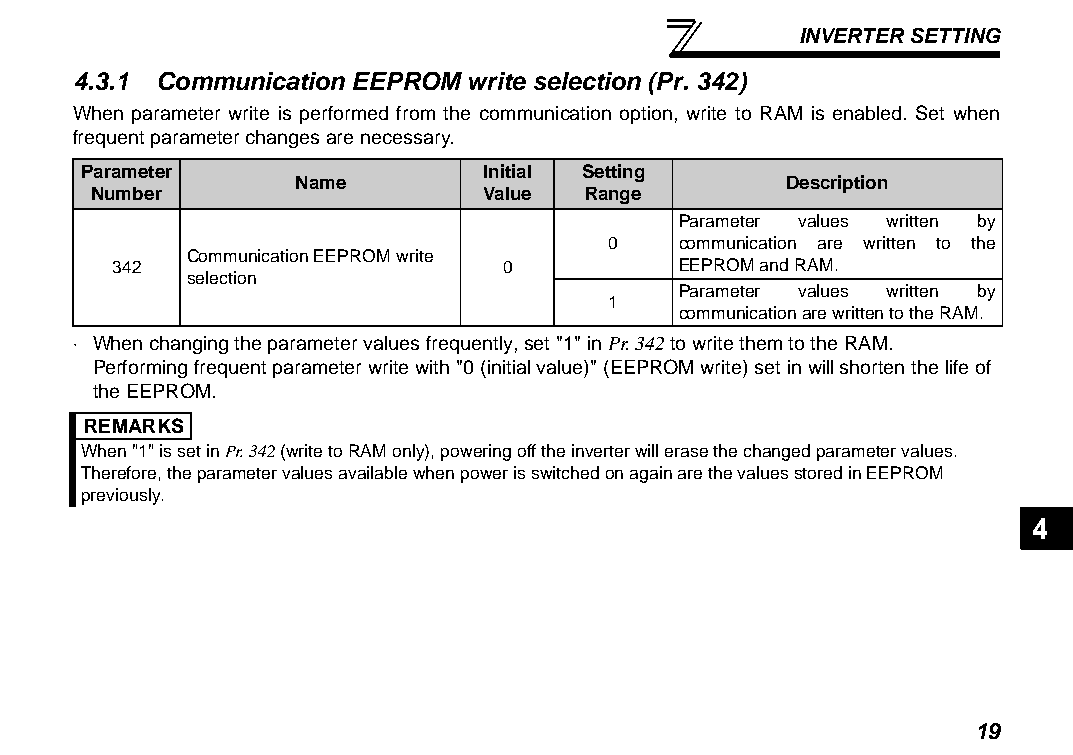
INVERTER SETTING
 4.3.1 Communication EEPROM write selection (Pr. 342)
 When parameter write is performed from the communication option, write to RAM is enabled. Set when
 frequent parameter changes are necessary.
 Parameter                  Initial Setting
 Name                             Description
 Number                    Value Range
 Parameter values written by
 0    communication are written to the
 Communication EEPROM write
 342                       0           EEPROM and RAM.
 selection
 Parameter values written by
 1
 communication are written to the RAM.
 ⋅ When changing the parameter values frequently, set "1" in Pr. 342 to write them to the RAM.
 Performing frequent parameter write with "0 (initial value)" (EEPROM write) set in will shorten the life of
 the EEPROM.
 REMARKS
 When "1" is set in Pr. 342 (write to RAM only), powering off the inverter will erase the changed parameter values.
 Therefore, the parameter values available when power is switched on again are the values stored in EEPROM
 previously.
 4
 19